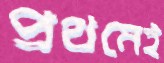
প্রথমেই